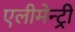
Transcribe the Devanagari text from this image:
एलीमेन्ट्री